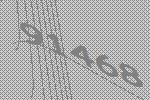
91468